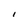
Character: I